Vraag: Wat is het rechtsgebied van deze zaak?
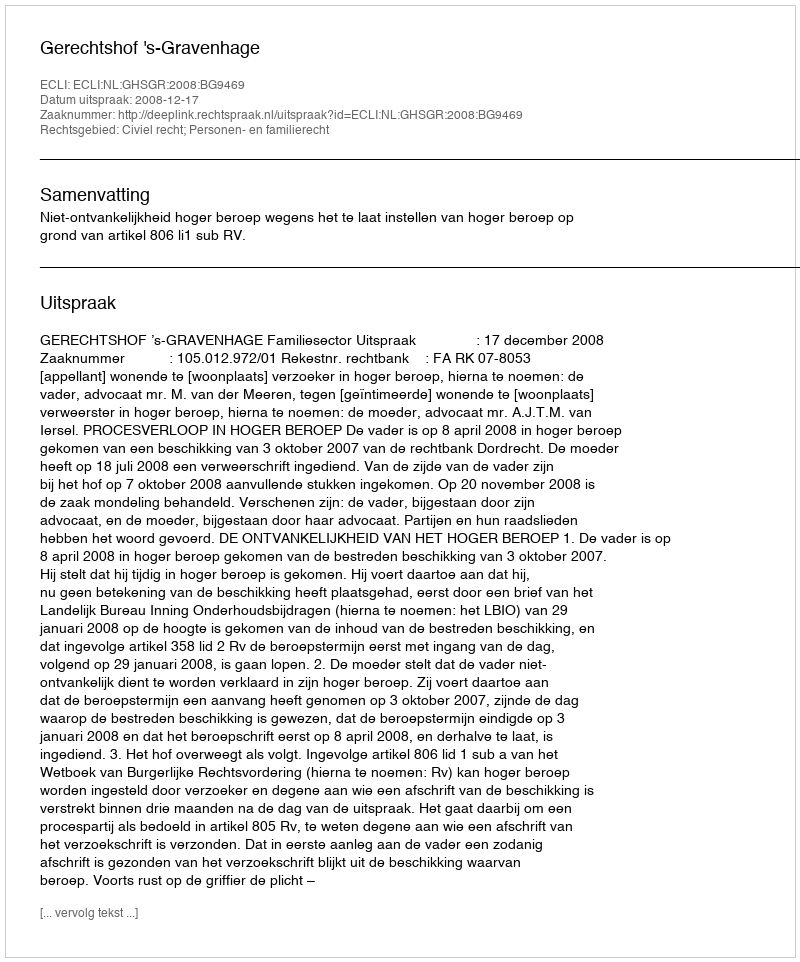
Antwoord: Civiel recht; Personen- en familierecht